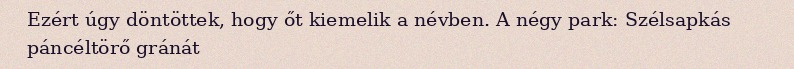
Ezért úgy döntöttek, hogy őt kiemelik a névben. A négy park: Szélsapkás páncéltörő gránát